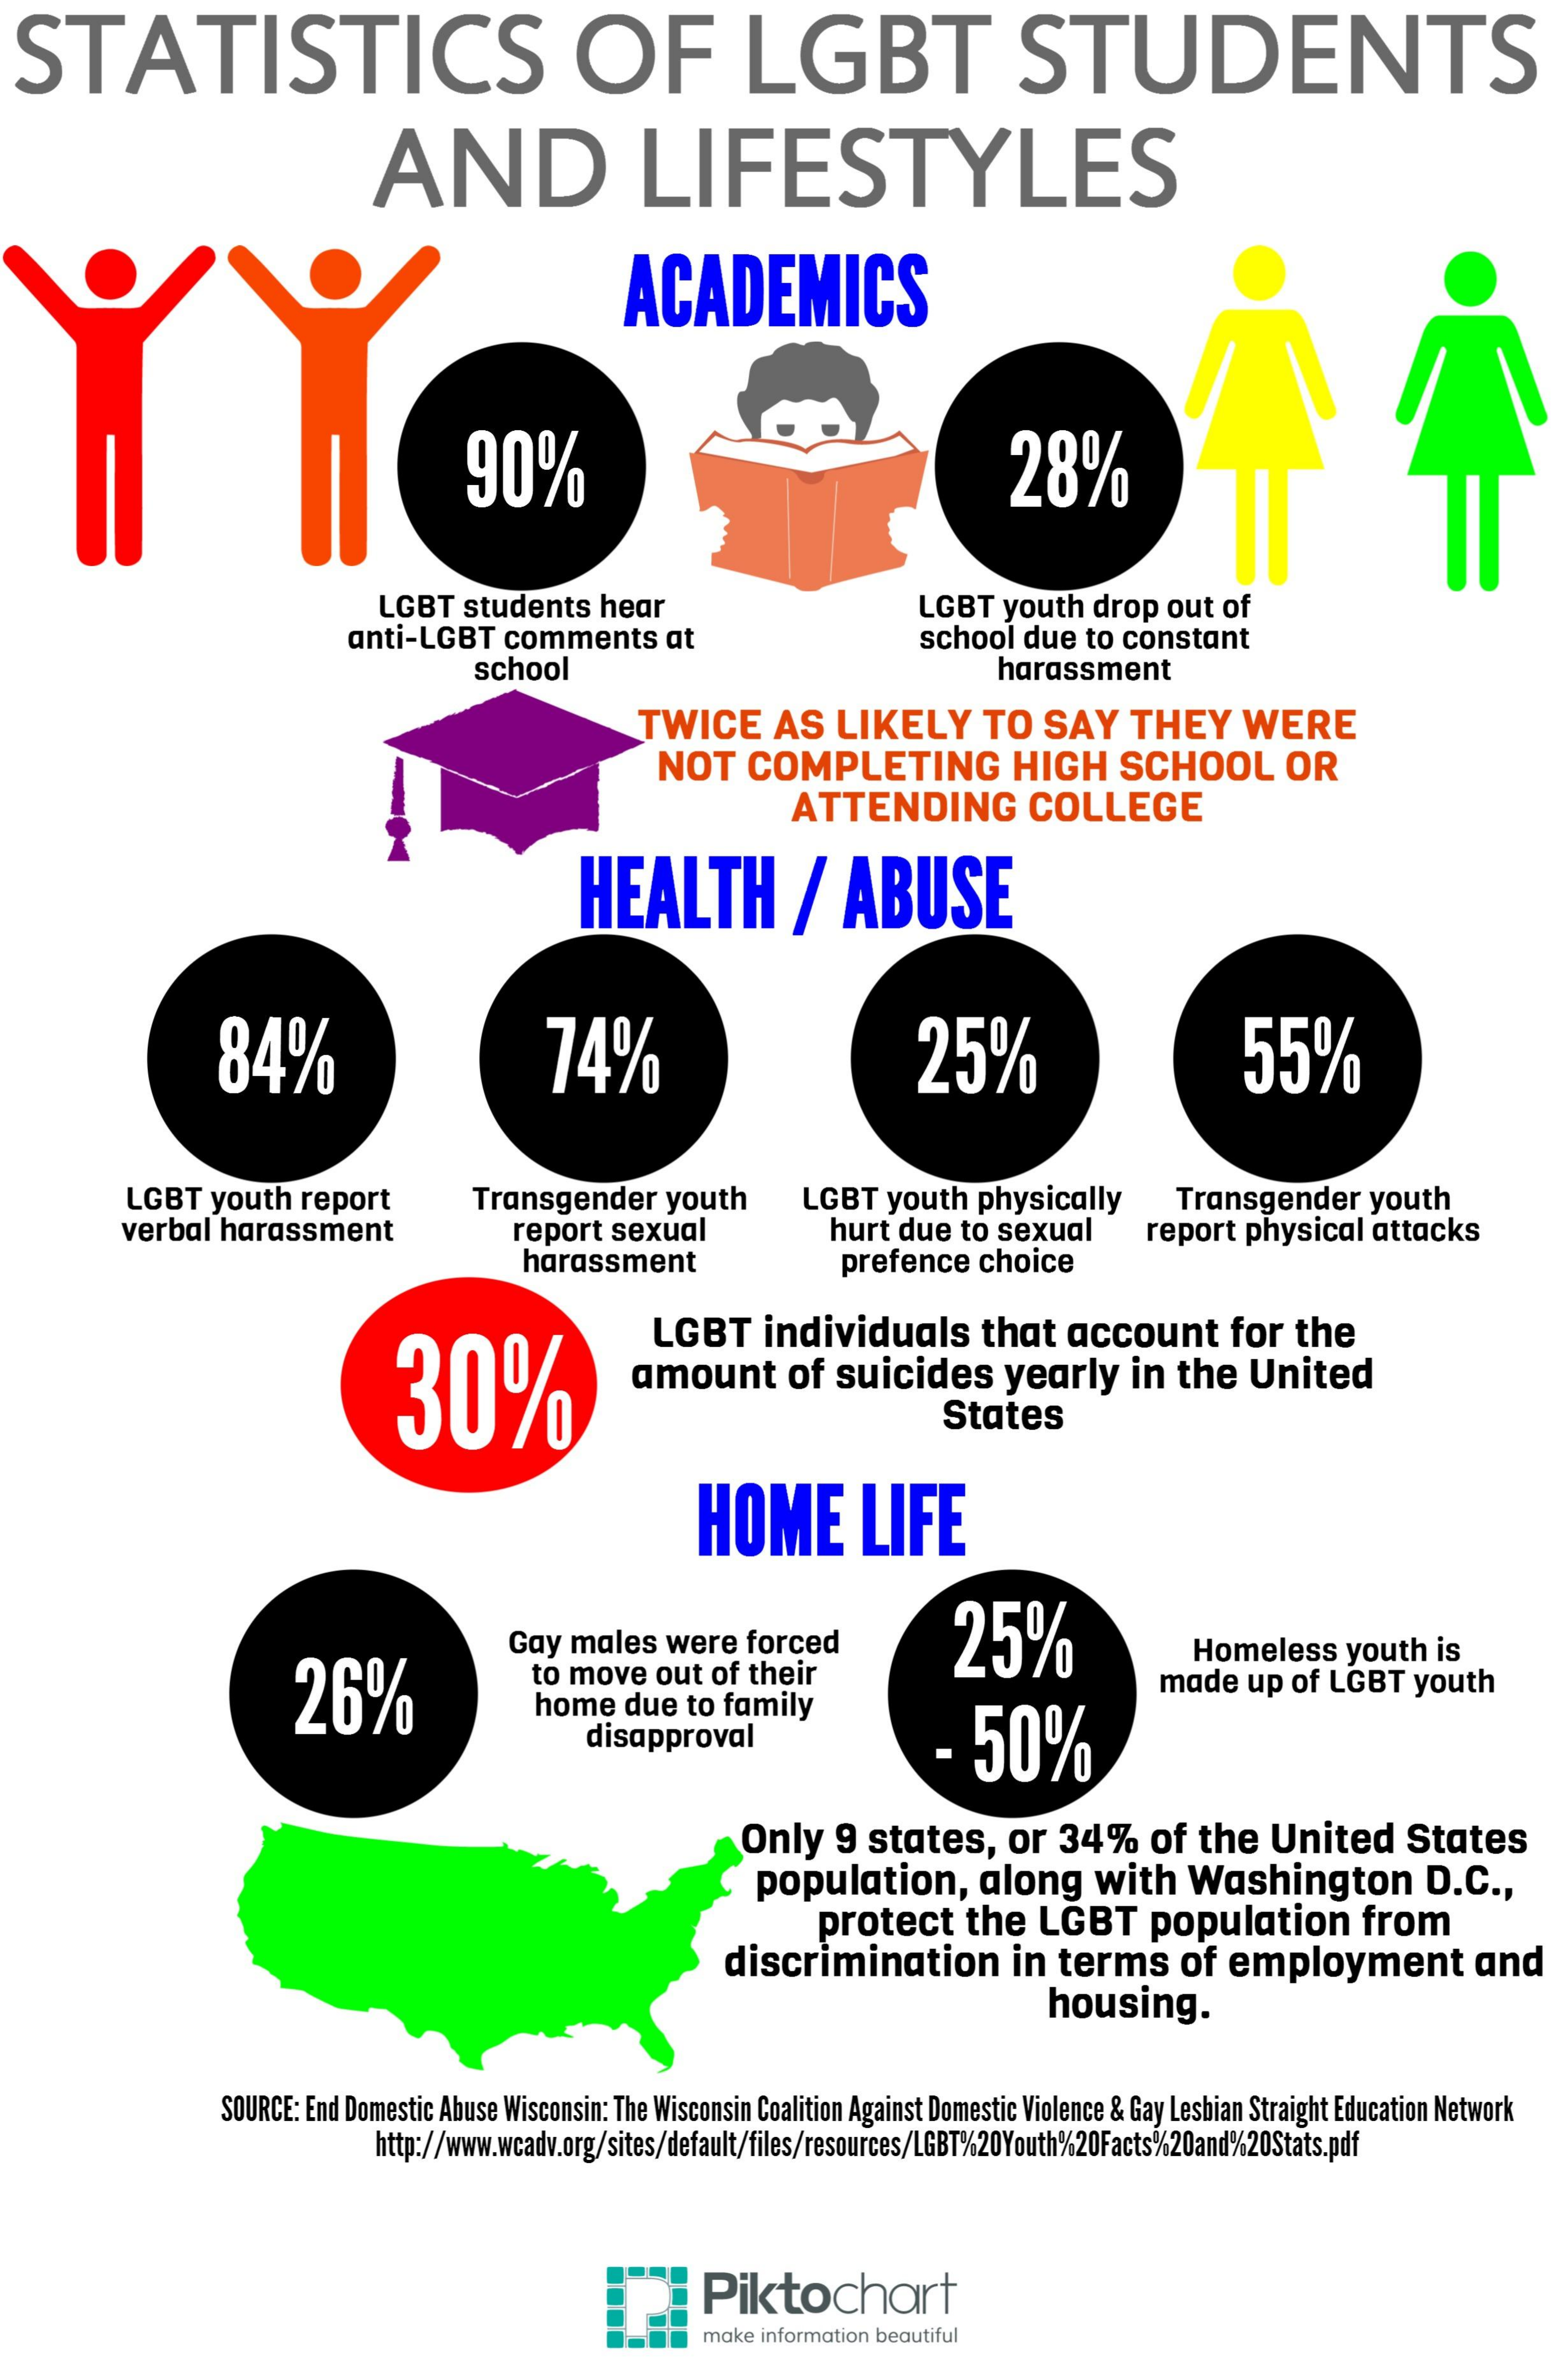
STATISTICS    OF    LGBT    STUDENTS
     AND    LIFESTYLES
     ACADEMICS
     90%    28%
     LGBT   students    hear    LGBT  youth   drop  out  of
     anti-LGBT    comments    at    school  due  to  constant
     school    harassment
     TWICE    AS    LIKELY    TO   SAY    THEY    WERE
     NOT    COMPLETING    HIGH    SCHOOL    OR
     ATTENDING    COLLEGE
     HEALTH    /   ABUSE
     84%    74%    25%    55%
     LGBT   youth   report    Transgender    youth    LGBT   youth   physically    Transgender    youth
     verbal  harassment    report  sexual    hurt due   to sexual
     harassment
     report  physical   attacks
     prefence   choice
     30%
     LGBT    individuals    that    account    for   the
     amount    of  suicides    yearly    in  the   United
     States
     HOME    LIFE
     26%
     Gay  males   were   forced    25%
     to move   out  of their
     Homeless    youth   is
     home    due  to family
     made   up  of LGBT    youth
     disapproval    -  50%
     Only    9  states,    or  34%    of  the   United    States
     population,    along    with    Washington    D.C   .,
     protect    the   LGBT    population    from
     discrimination    in  terms    of   employment    and
     housing.
     SOURCE: End Domestic Abuse Wisconsin: The Wisconsin Coalition Against Domestic Violence & Gay Lesbian Straight Education Network
     http://www.wcadv.org/sites/default/files/resources/LGBT%20Youth%20Facts%20and%20Stats.pdf
     Piktochart
     make information beautiful